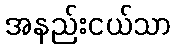
အနည်းငယ်သာ